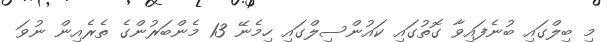
މި ބިލްގައި ބުނެފައިވާ ގޮތުގައި ކައުންސިލްގައި ހިމެނޭ 13 މެންބަރުންގެ ތެރެއިން ނުވަ